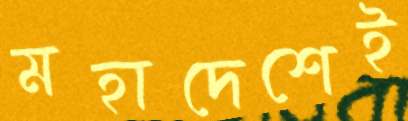
মহাদেশেই